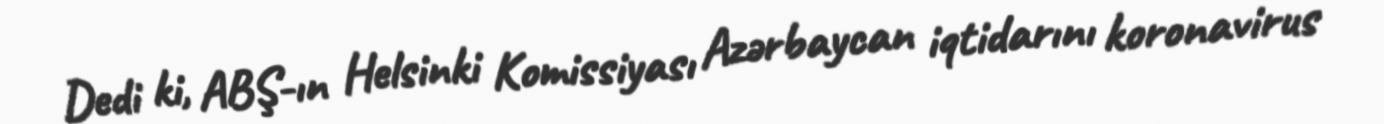
Dedi ki, ABŞ-ın Helsinki Komissiyası Azərbaycan iqtidarını koronavirus